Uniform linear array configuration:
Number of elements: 24
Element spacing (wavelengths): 1
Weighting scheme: cosine
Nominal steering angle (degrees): -60
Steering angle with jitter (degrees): -58.168
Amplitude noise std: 0.05
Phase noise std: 0.05

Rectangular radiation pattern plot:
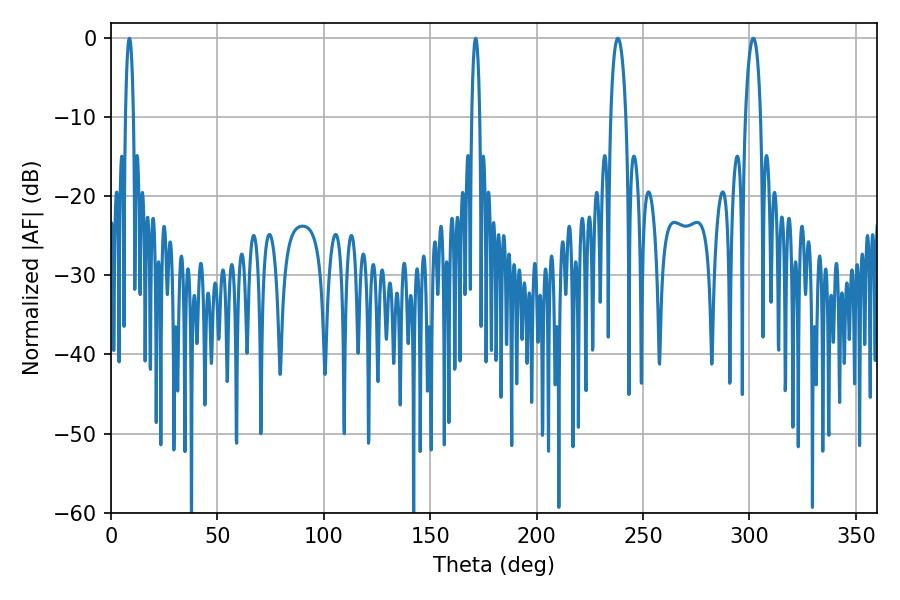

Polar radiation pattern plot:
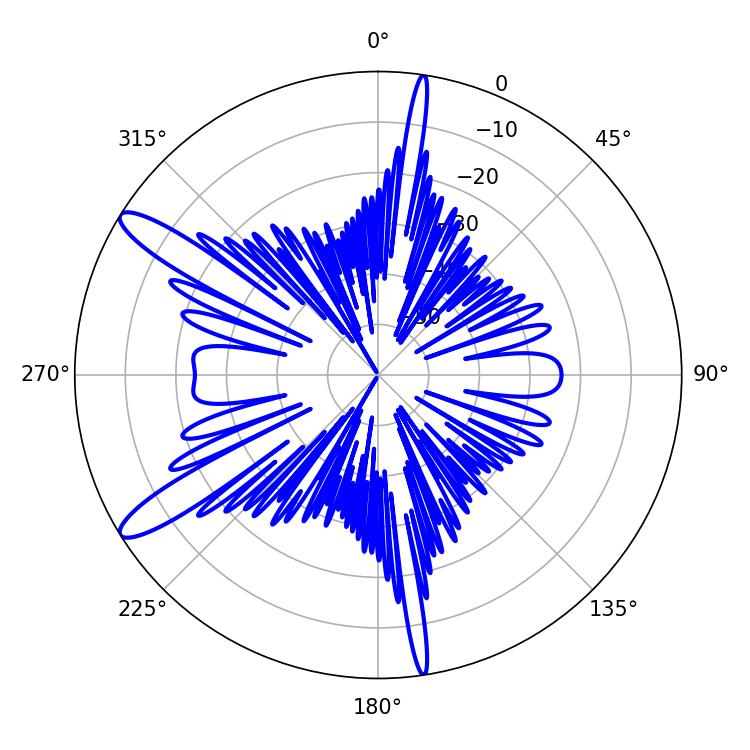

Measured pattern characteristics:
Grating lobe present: TRUE
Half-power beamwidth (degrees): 2.16
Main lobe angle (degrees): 171.36